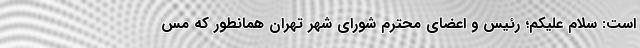
است: سلام علیکم؛ رئیس و اعضای محترم شورای شهر تهران همانطور که مس